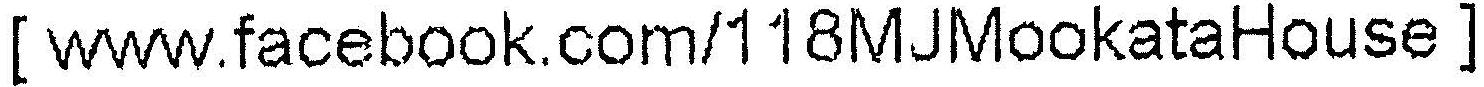
[ WWW.FACEBOOK.COM/118MJMOOKATAHOUSE ]